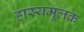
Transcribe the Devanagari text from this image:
हास्यमूलक